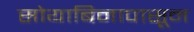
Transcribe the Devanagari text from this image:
सोयाबिनापासून